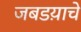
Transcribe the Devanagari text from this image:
जबडय़ाचे